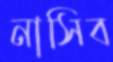
নাসিব